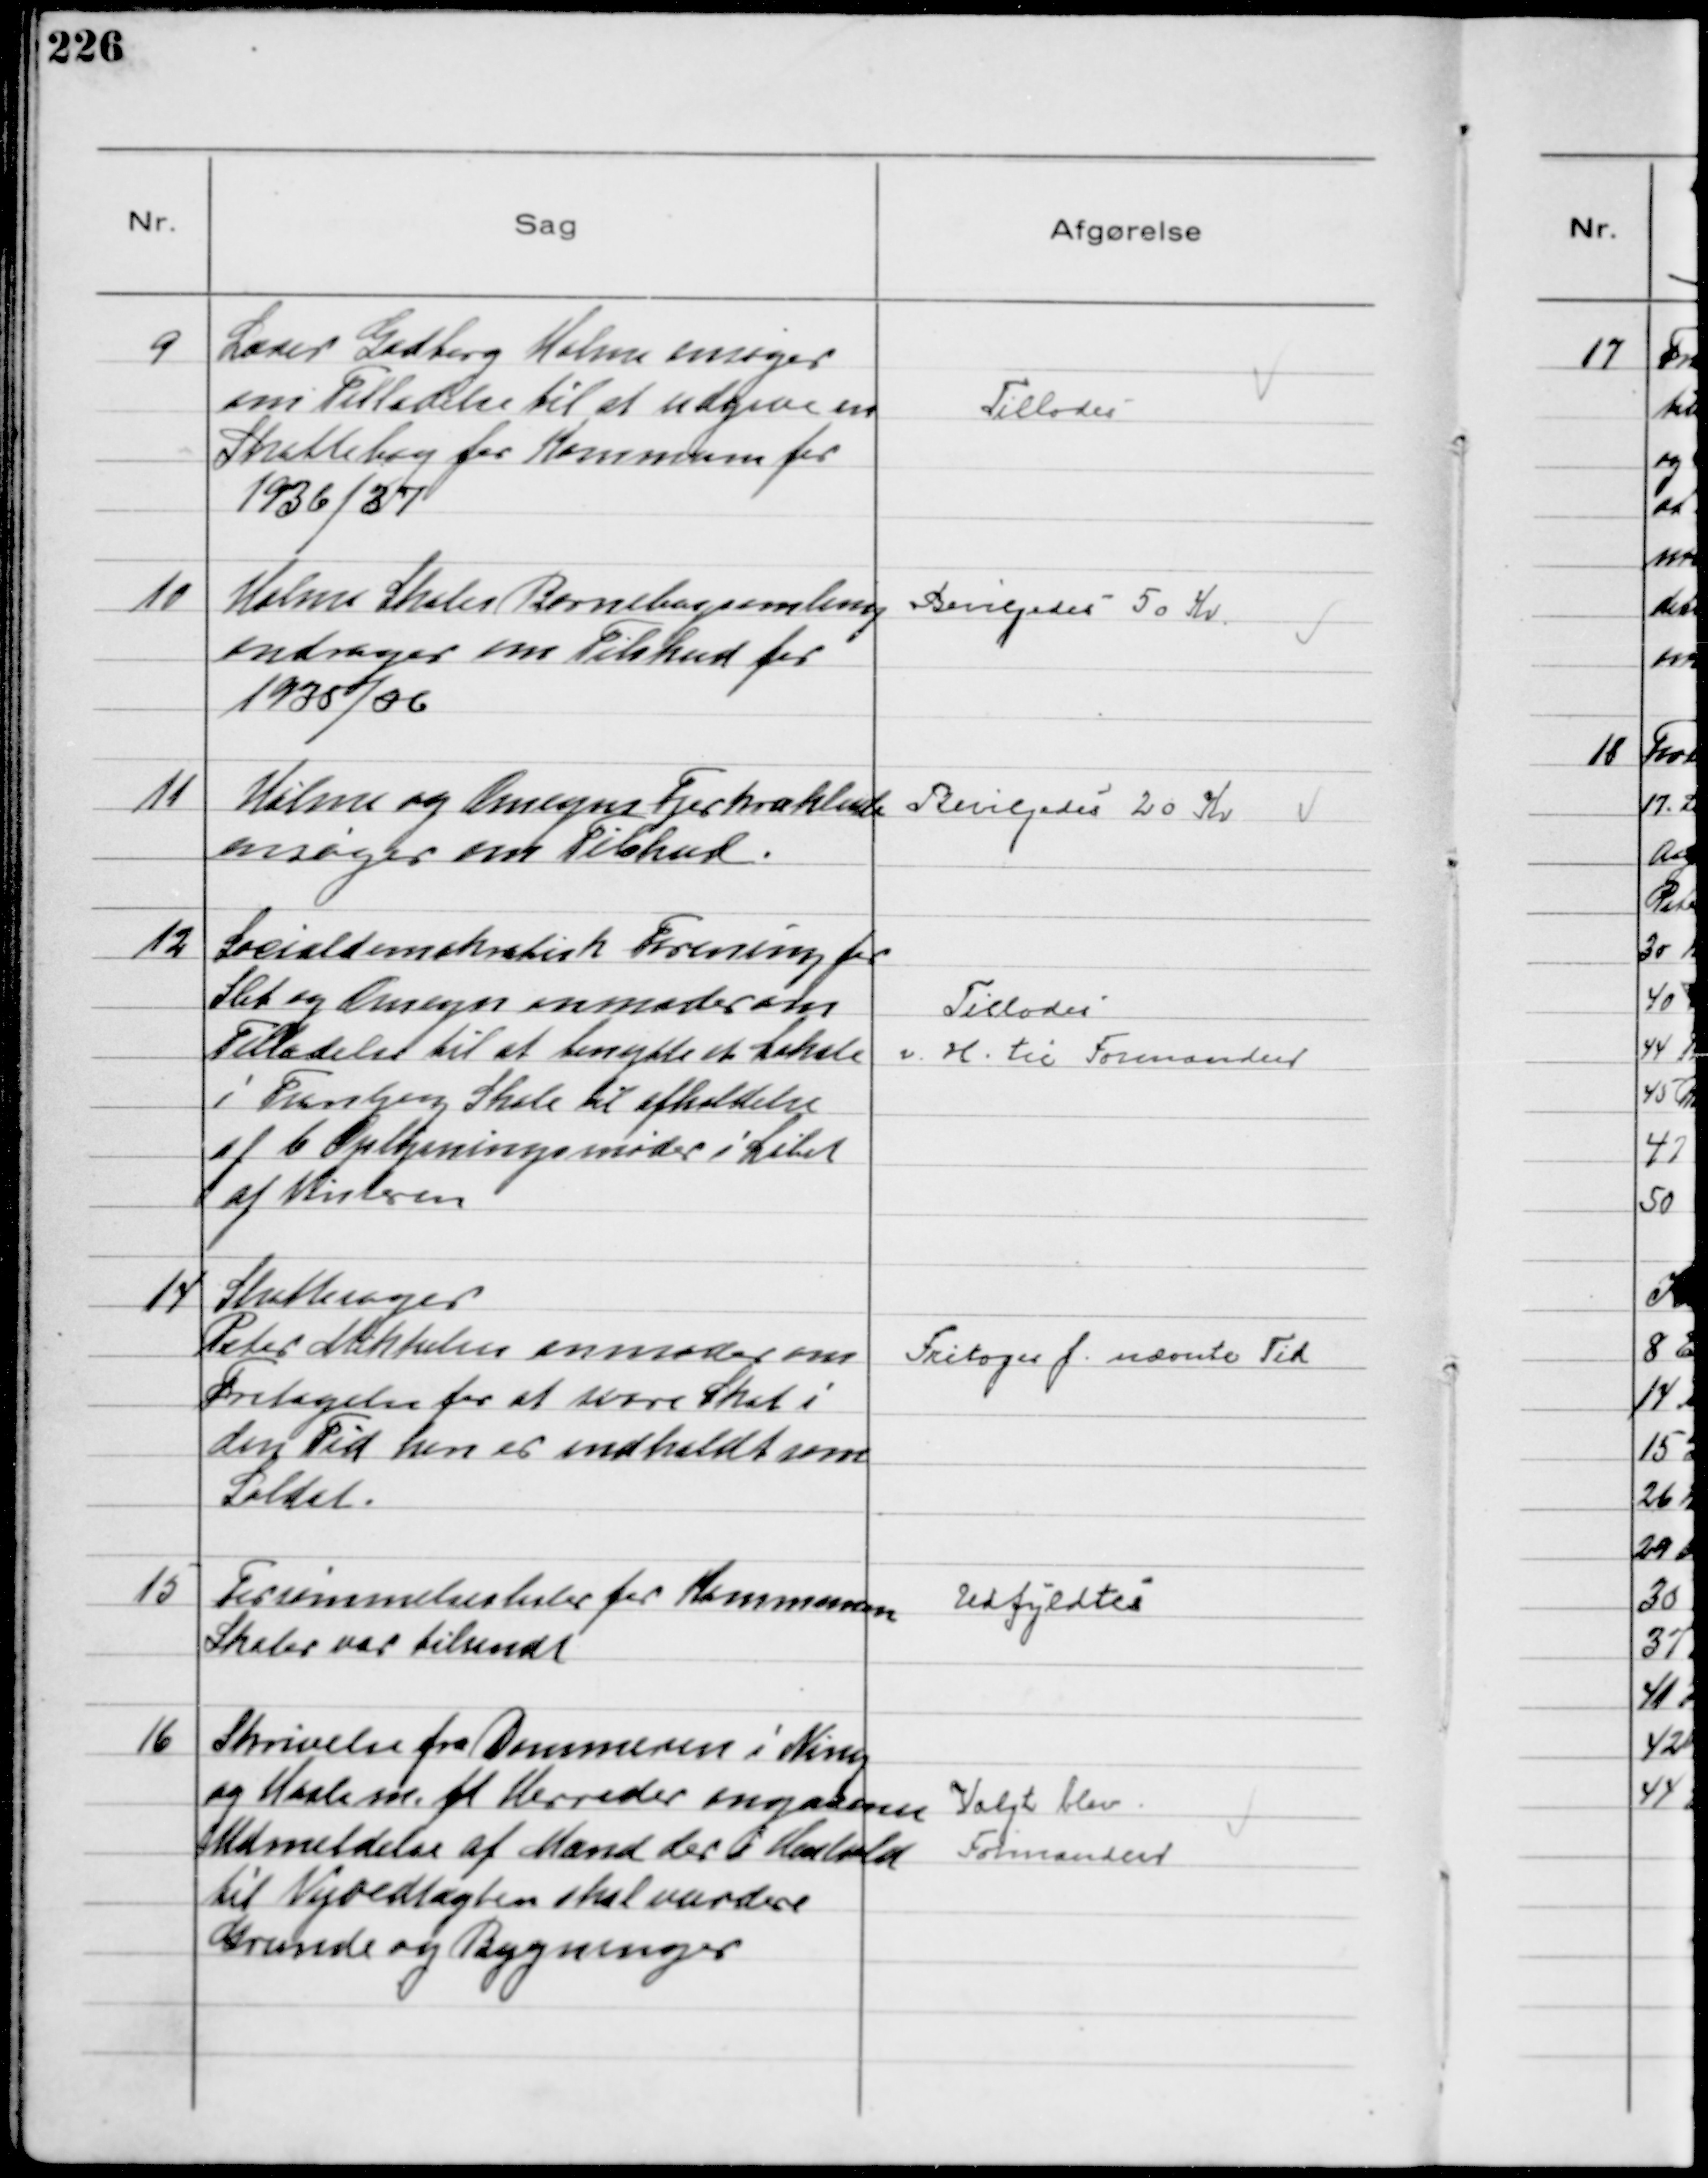
Transskription:
9
Lærer Gadberg Holme ansøger
om Tilladelse til at udgive en
Skattebog for Kommunen for
1936/37

Tillodes

10
Holme Skoles Børnebogsamling
andrager om Tilskud for
1935/36

Bevilgedes 50 Kr

11
Holme og Omegns Fjerkræklub
ansøger om Tilskud.

Bevilgedes 20 Kr

12
Socialdemokratisk Forening for
Slet og Omegn anmoder om
Tilladelse til at benytte et Lokale
i Tranbjerg Skole til afholdelse
af 6 Oplysningsmøder i Løbet
af Vinteren

Tillodes 
v. H. til Formanden

14
Skattesager
Peter Mikkelsen anmoder om
Fritagelse for at svare Skat i
den Tid han er indkaldt som
Soldat.

Fritages f. nævnte Tid

15
Forsømmelseslister for Kommunen
Skoler var tilsendt

Udfyldtes

16
Skrivelse fra Dommeren i Ning
og Hasle m. fl. Herreder angaaende
Udmeldelse af Mænd der i Henhold
til Vejvedtægten skal vurdere
Grunde og Bygninger

Valgt blev
Formanden